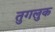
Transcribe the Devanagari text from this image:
तुगलुक